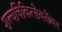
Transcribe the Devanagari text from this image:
शल्यचिकित्सेबरोबर